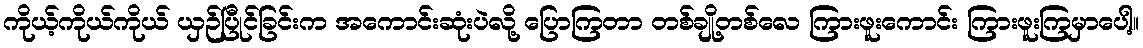
ကိုယ့်ကိုယ်ကိုယ် ယှဉ်ပြီုင်ခြင်းက အကောင်းဆုံးပဲလို့ ပြောကြတာ တစ်ချို့တစ်လေ ကြားဖူးကောင်း ကြားဖူးကြမှာပေါ့။